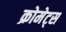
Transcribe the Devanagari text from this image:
क्रोमेट्स